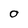
Character: O